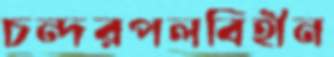
চন্দরপলবিহীন